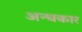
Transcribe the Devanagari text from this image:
अन्‍धकार